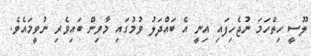
ލޫސީ ހިތްހަމަ ނުޖެހިފައި އިނީ އެ ބައްދަލު ވުމުގައި މާވިން ބައިވެރި ނުވީމައެވެ.